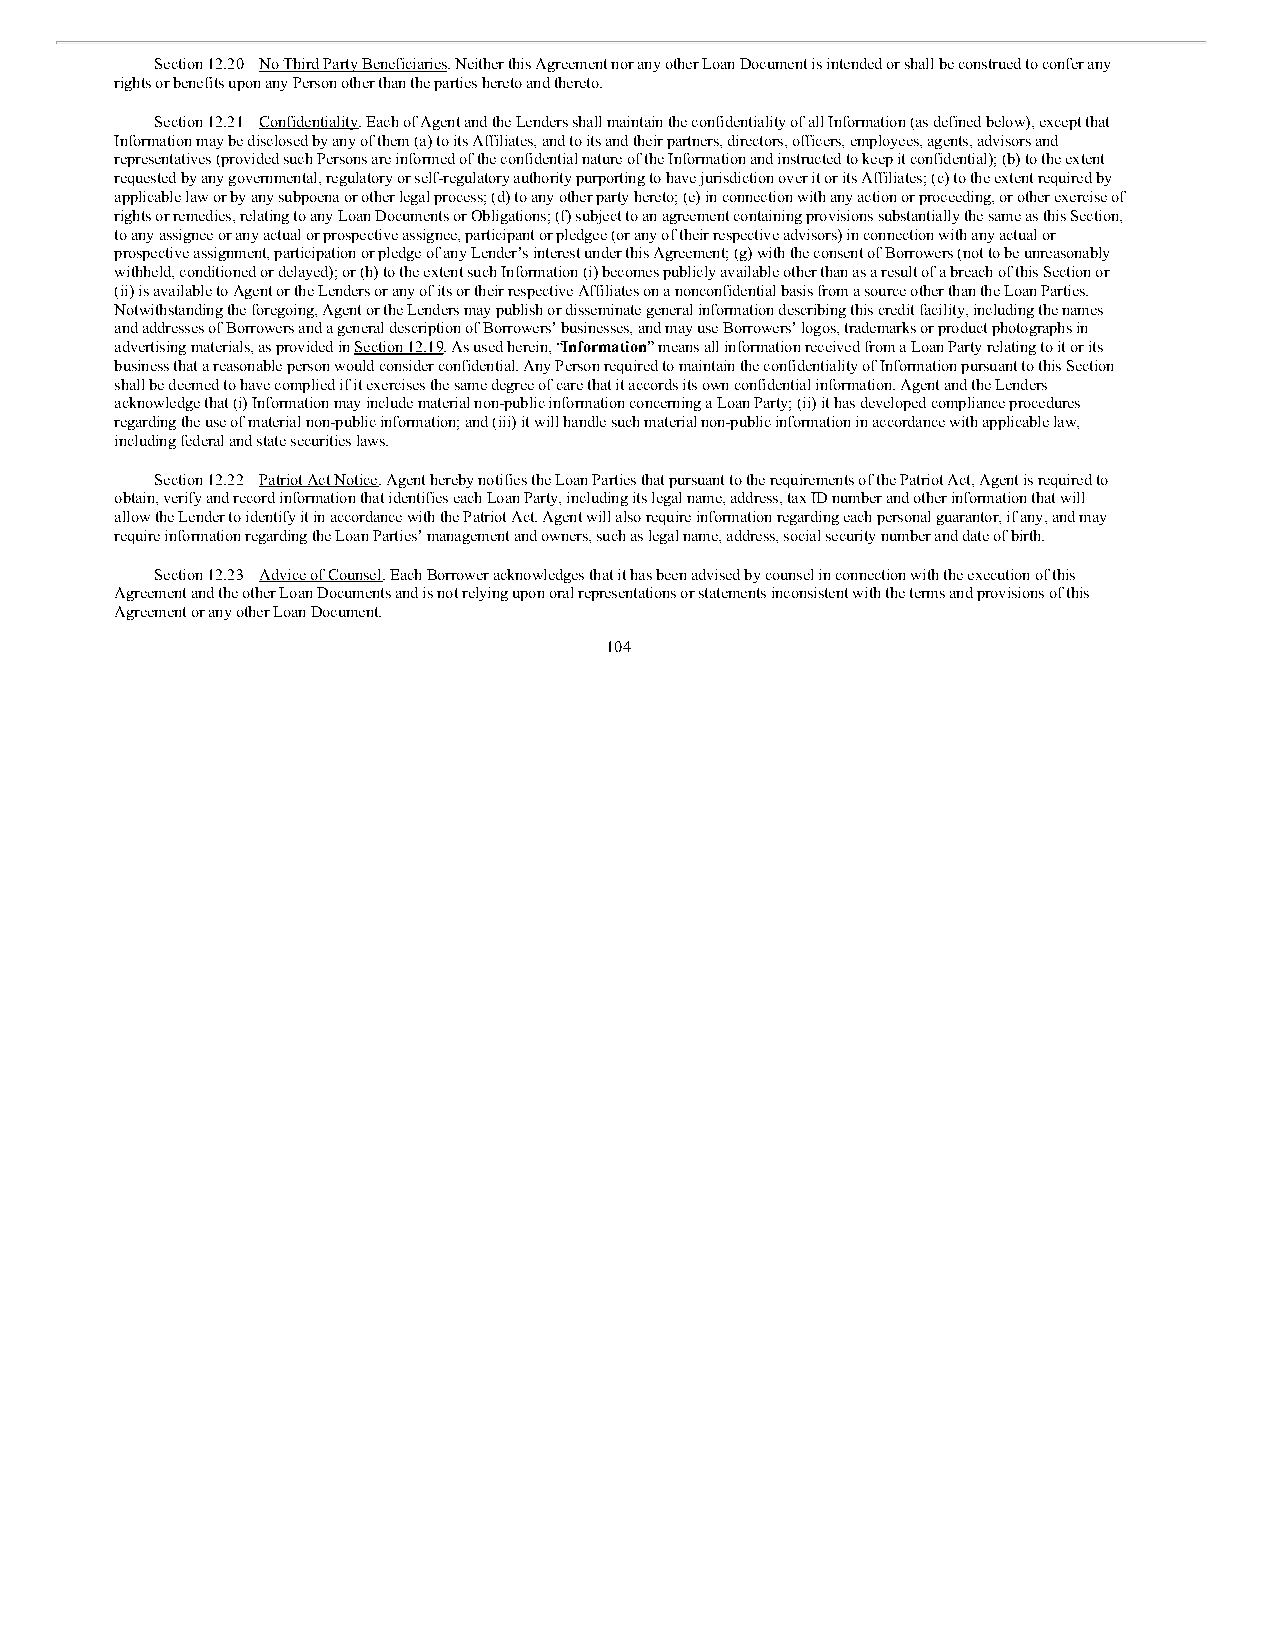
Section 12.20 No Third Party Beneficiaries. Neither this Agreement nor any other Loan Document is intended or shall be construed to confer any
 rights or benefits upon any Person other than the parties hereto and thereto.
 Section 12.21 Confidentiality. Each of Agent and the Lenders shall maintain the confidentiality of all Information (as defined below), except that
 Information may be disclosed by any of them (a) to its Affiliates, and to its and their partners, directors, officers, employees, agents, advisors and
 representatives (provided such Persons are informed of the confidential nature of the Information and instructed to keep it confidential); (b) to the extent
 requested by any governmental, regulatory or self-regulatory authority purporting to have jurisdiction over it or its Affiliates; (c) to the extent required by
 applicable law or by any subpoena or other legal process; (d) to any other party hereto; (e) in connection with any action or proceeding, or other exercise of
 rights or remedies, relating to any Loan Documents or Obligations; (f) subject to an agreement containing provisions substantially the same as this Section,
 to any assignee or any actual or prospective assignee, participant or pledgee (or any of their respective advisors) in connection with any actual or
 prospective assignment, participation or pledge of any Lender’s interest under this Agreement; (g) with the consent of Borrowers (not to be unreasonably
 withheld, conditioned or delayed); or (h) to the extent such Information (i) becomes publicly available other than as a result of a breach of this Section or
 (ii) is available to Agent or the Lenders or any of its or their respective Affiliates on a nonconfidential basis from a source other than the Loan Parties.
 Notwithstanding the foregoing, Agent or the Lenders may publish or disseminate general information describing this credit facility, including the names
 and addresses of Borrowers and a general description of Borrowers’ businesses, and may use Borrowers’ logos, trademarks or product photographs in
 advertising materials, as provided in Section 12.19. As used herein, “Information” means all information received from a Loan Party relating to it or its
 business that a reasonable person would consider confidential. Any Person required to maintain the confidentiality of Information pursuant to this Section
 shall be deemed to have complied if it exercises the same degree of care that it accords its own confidential information. Agent and the Lenders
 acknowledge that (i) Information may include material non-public information concerning a Loan Party; (ii) it has developed compliance procedures
 regarding the use of material non-public information; and (iii) it will handle such material non-public information in accordance with applicable law,
 including federal and state securities laws.
 Section 12.22 Patriot Act Notice. Agent hereby notifies the Loan Parties that pursuant to the requirements of the Patriot Act, Agent is required to
 obtain, verify and record information that identifies each Loan Party, including its legal name, address, tax ID number and other information that will
 allow the Lender to identify it in accordance with the Patriot Act. Agent will also require information regarding each personal guarantor, if any, and may
 require information regarding the Loan Parties’ management and owners, such as legal name, address, social security number and date of birth.
 Section 12.23 Advice of Counsel. Each Borrower acknowledges that it has been advised by counsel in connection with the execution of this
 Agreement and the other Loan Documents and is not relying upon oral representations or statements inconsistent with the terms and provisions of this
 Agreement or any other Loan Document.
 104